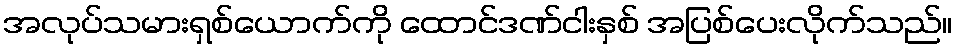
အလုပ်သမားရှစ်ယောက်ကို ထောင်ဒဏ်ငါးနှစ် အပြစ်ပေးလိုက်သည်။